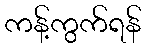
ကန့်ကွက်ရန်